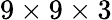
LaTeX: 9\times 9\times 3